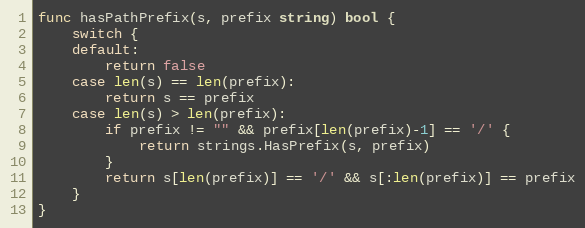
Language: Go
func hasPathPrefix(s, prefix string) bool {
	switch {
	default:
		return false
	case len(s) == len(prefix):
		return s == prefix
	case len(s) > len(prefix):
		if prefix != "" && prefix[len(prefix)-1] == '/' {
			return strings.HasPrefix(s, prefix)
		}
		return s[len(prefix)] == '/' && s[:len(prefix)] == prefix
	}
}